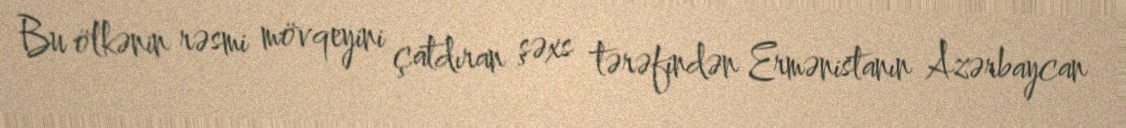
Bu ölkənin rəsmi mövqeyini çatdıran şəxs tərəfindən Ermənistanın Azərbaycan